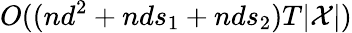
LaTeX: O((nd^{2}+nds_{1}+nds_{2})T|\mathcal{X}|)